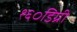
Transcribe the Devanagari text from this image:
१६०डिग्री